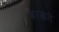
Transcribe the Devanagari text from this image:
बरकते